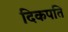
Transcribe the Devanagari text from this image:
दिकपति